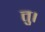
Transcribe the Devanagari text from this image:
तु।